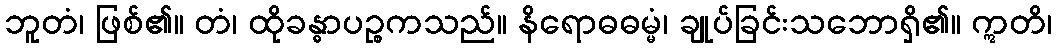
ဘူတံ၊ ဖြစ်၏။ တံ၊ ထိုခန္ဓာပဉ္စကသည်။ နိရောဓဓမ္မံ၊ ချုပ်ခြင်းသဘောရှိ၏။ ဣတိ၊